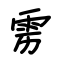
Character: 雳